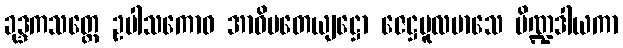
ခုဒ္ဒကသတ္ထေ ဥပါသကောဝ အာဓိပတေယျဋ္ဌော ဇေဋ္ဌမူလမာသေ ပိဏ္ဍဒါယကာ